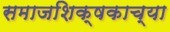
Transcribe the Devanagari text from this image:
समाजशिक्षकाच्या